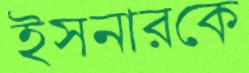
ইসনারকে